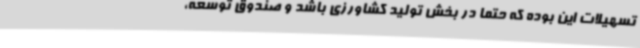
تسهیلات این بوده که حتماً در بخش تولید کشاورزی باشد و صندوق توسعه،